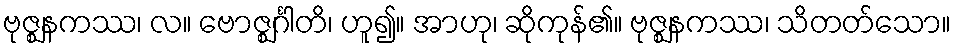
ဗုဇ္ဈနကဿ၊ လ။ ဗောဇ္ဈင်္ဂါတိ၊ ဟူ၍။ အာဟု၊ ဆိုကုန်၏။ ဗုဇ္ဈနကဿ၊ သိတတ်သော။